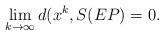
LaTeX: \begin{align*}\lim_{k \rightarrow \infty} d(x^k, S(EP)=0.\end{align*}